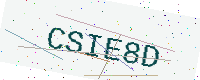
Text: CSIE8D